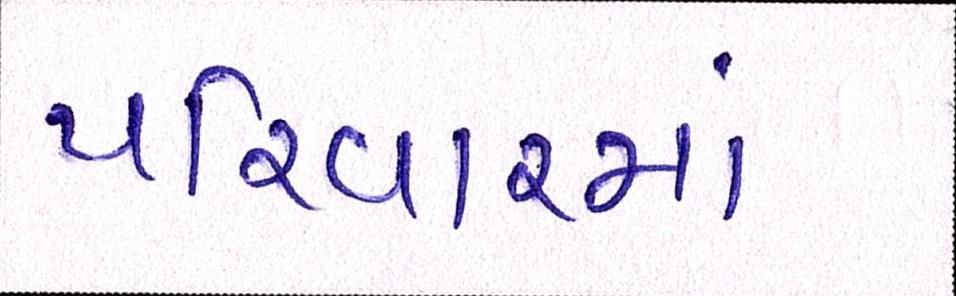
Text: પરિવારમાં